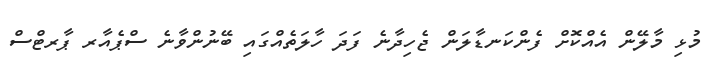
މުޅި މާލޭން އެއްކޮށް ފެންކަނޑާލަން ޖެހިދާނެ ފަދަ ހާލަތެއްގައި ބޭނުންވާނެ ސްޕެއާރ ޕާރޓްސް